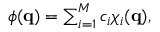
\begin{array} { r } { \phi ( \ensuremath { \mathbf { q } } ) = \sum _ { i = 1 } ^ { M } c _ { i } \chi _ { i } ( \ensuremath { \mathbf { q } } ) , } \end{array}